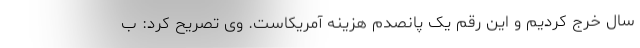
سال خرج کردیم و این رقم یک پانصدم هزینه آمریکاست. وی تصریح کرد: ب